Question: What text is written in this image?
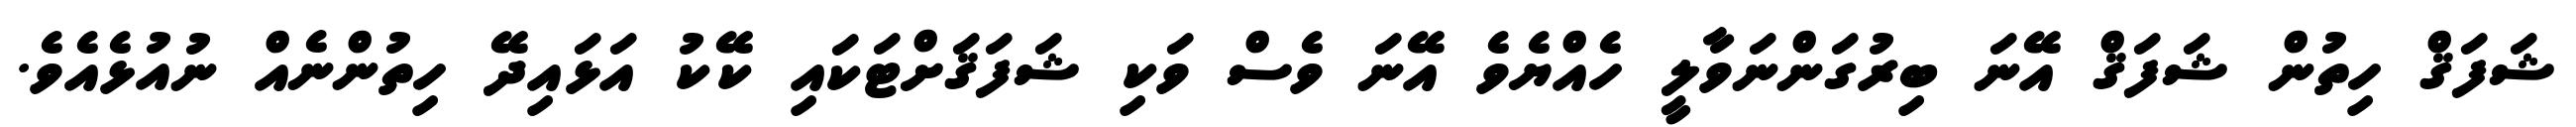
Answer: ޝަފަޤް ހިތުން ޝަފަޤް އޭނަ ބިރުގަންނަވާލީ ހެއްޔެވެ އޭނަ ވެސް ވަކި ޝަފަޤަށްޓަކައި ކޭކު އަޅައިދޭ ހިތުންނެއް ނުއުޅެއެވެ.